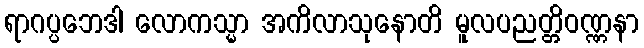
ရာဂပ္ပဘေဒါ လောကသ္မာ အကိလာသုနောတိ မူလပညတ္တိဝဏ္ဏနာ